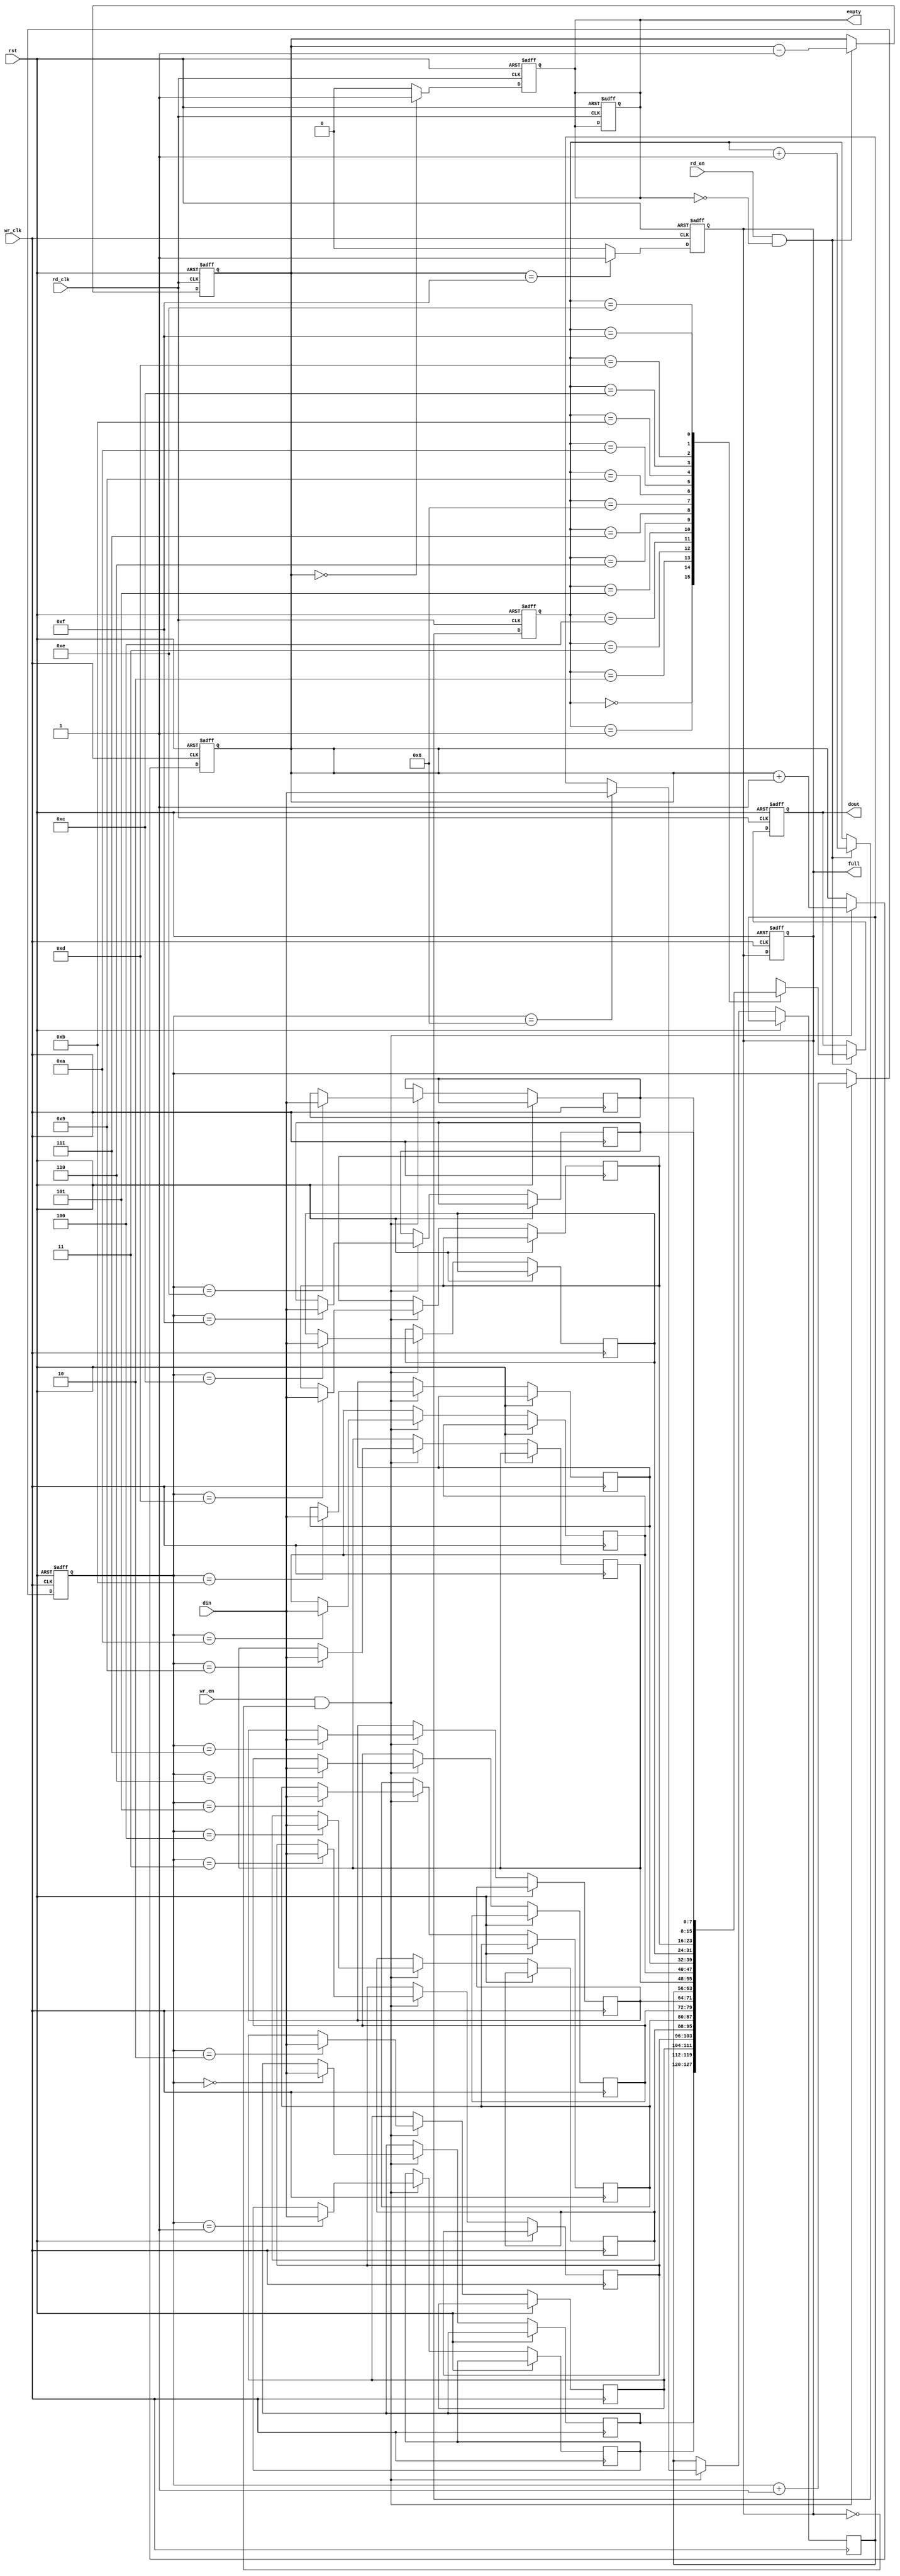
module dual_clock_fifo #(
    parameter DATA_WIDTH = 8,  // Width of the data
    parameter FIFO_DEPTH = 16   // Depth of the FIFO
)(
    input wire wr_clk,           // Write clock
    input wire rd_clk,           // Read clock
    input wire rst,              // Reset signal
    input wire wr_en,            // Write enable
    input wire rd_en,            // Read enable
    input wire [DATA_WIDTH-1:0] din, // Data input
    output reg [DATA_WIDTH-1:0] dout, // Data output
    output reg full,             // FIFO full flag
    output reg empty             // FIFO empty flag
);

    // Internal memory array
    reg [DATA_WIDTH-1:0] fifo_mem [0:FIFO_DEPTH-1];
    
    // Write and read pointers
    reg [clog2(FIFO_DEPTH)-1:0] wr_ptr;
    reg [clog2(FIFO_DEPTH)-1:0] rd_ptr;
    
    // Count of the number of elements in the FIFO
    reg [clog2(FIFO_DEPTH+1)-1:0] count;

    // Function to calculate log2
    function integer clog2;
        input integer value;
        begin
            value = value - 1;
            for (clog2 = 0; value > 0; clog2 = clog2 + 1)
                value = value >> 1;
        end
    endfunction

    // Write operation
    always @(posedge wr_clk or posedge rst) begin
        if (rst) begin
            wr_ptr <= 0;
            count <= 0;
            full <= 0;
        end else if (wr_en && !full) begin
            fifo_mem[wr_ptr] <= din;
            wr_ptr <= wr_ptr + 1;
            count <= count + 1;
        end
    end

    // Read operation
    always @(posedge rd_clk or posedge rst) begin
        if (rst) begin
            rd_ptr <= 0;
            dout <= 0;
            count <= 0;
            empty <= 1;
        end else if (rd_en && !empty) begin
            dout <= fifo_mem[rd_ptr];
            rd_ptr <= rd_ptr + 1;
            count <= count - 1;
        end
    end

    // Update full and empty flags
    always @(posedge wr_clk or posedge rst) begin
        if (rst) begin
            full <= 0;
        end else if (count == FIFO_DEPTH - 1) begin
            full <= 1;
        end else begin
            full <= 0;
        end
    end

    always @(posedge rd_clk or posedge rst) begin
        if (rst) begin
            empty <= 1;
        end else if (count == 0) begin
            empty <= 1;
        end else begin
            empty <= 0;
        end
    end

endmodule